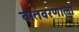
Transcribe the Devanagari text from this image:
वातवरणाला